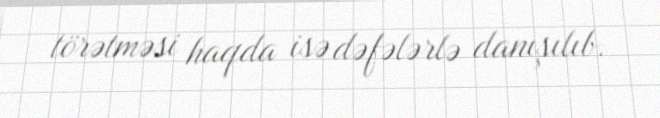
törətməsi haqda isə dəfələrlə danışılıb.